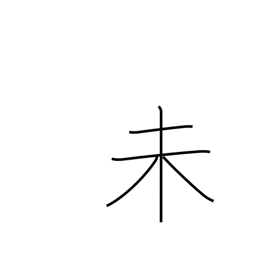
Meaning: sign of the ram